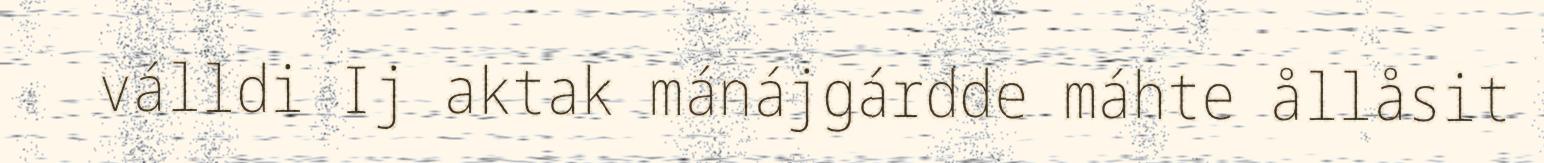
válldi Ij aktak mánájgárdde máhte ållåsit